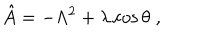
\hat { A } = - \Lambda ^ { 2 } + \lambda \cos \theta \; ,